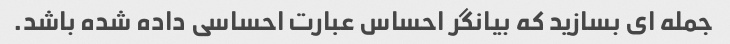
جمله ای بسازید که بیانگر احساس عبارت احساسی داده شده باشد.